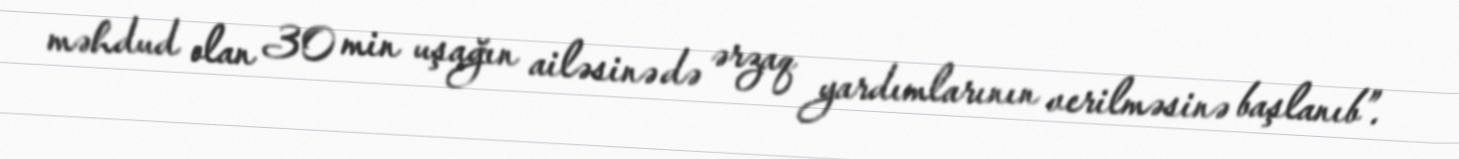
məhdud olan 30 min uşağın ailəsinə də ərzaq yardımlarının verilməsinə başlanıb”.